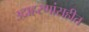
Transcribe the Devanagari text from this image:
उदाहरणांसहीत